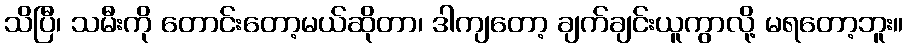
သိပြီ၊ သမီးကို တောင်းတော့မယ်ဆိုတာ၊ ဒါကျတော့ ချက်ချင်းယူကွာလို့ မရတော့ဘူး။